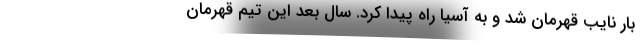
بار نایب قهرمان شد و به آسیا راه پیدا کرد. سال بعد این تیم قهرمان